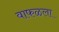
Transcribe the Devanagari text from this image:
वाफळला